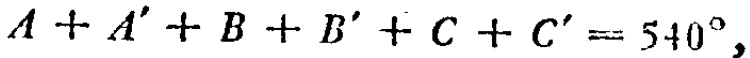
$A + A' + B + B' + C + C' = 540^{\circ}$